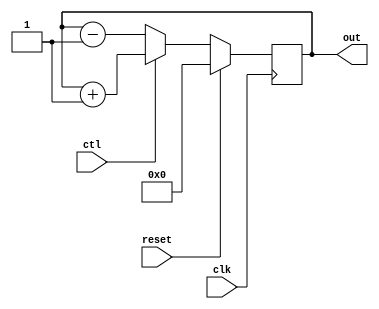
module func2(out,ctl,clk,reset);
  output [7:0] out;
  input ctl,clk,reset;
  reg [7:0] out;
  
  always @(posedge clk)
  if(reset) begin
    out <= 8'b0;
  end
else if(ctl) begin
  out <= out +1;
end
else begin 
  out <= out -1;
end

endmodule
/* este module  um contador assincrono de mod 8
 crescente/decrescente que neste caso est sendo resetado o tempo todo*/